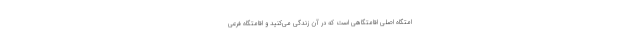
امتگاه اصلی اقامتگاهی است که در آن زندگی می‌کنید و اقامتگاه فرعی